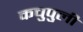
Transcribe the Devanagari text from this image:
कचुपुली